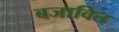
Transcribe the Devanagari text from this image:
बजावित